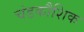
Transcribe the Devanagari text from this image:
चंडकौशिक